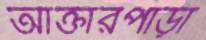
আক্তারপাড়া